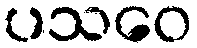
ပသဝေ